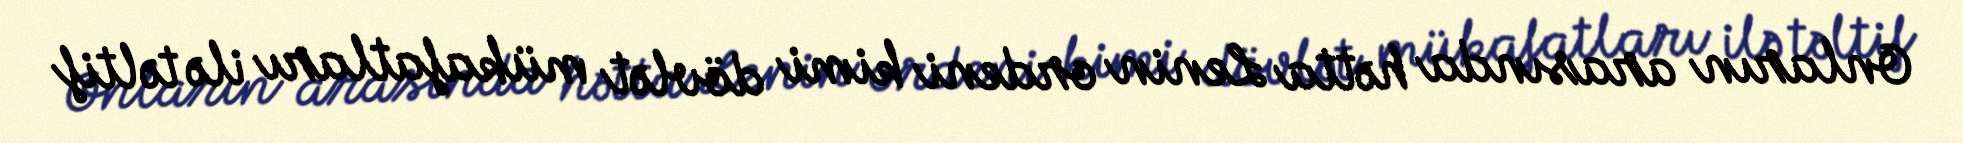
Onların arasında hətta Lenin ordeni kimi dövlət mükafatları ilə təltif